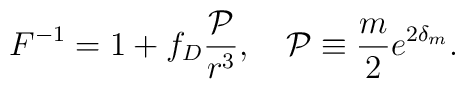
F^{-1}=1+f_D{{\cal P}\over{r^3}},\ \ \ {\cal P}\equiv{m\over 2}e^{2\delta_m}.